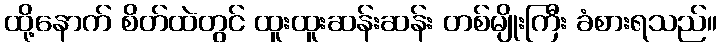
ထို့နောက် စိတ်ထဲတွင် ထူးထူးဆန်းဆန်း တစ်မျိုးကြီး ခံစားရသည်။